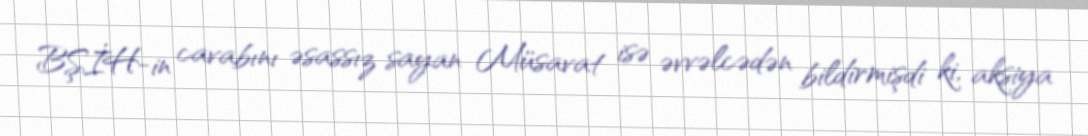
BŞİH-in cavabını əsassız sayan Müsavat isə əvvəlcədən bildirmişdi ki, aksiya